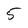
Character: 5